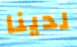
لدينا